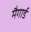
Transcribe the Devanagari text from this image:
मैगार्ड